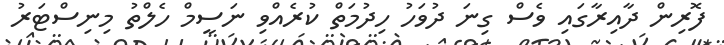
ފޮރިން ދާއިރާގައި ވެސް ގިނަ ދުވަހު ހިދުމަތް ކުރެއްވި ނަސީމް ހެލްތު މިނިސްޓަރު